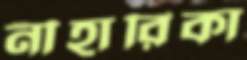
নীহারিকা